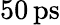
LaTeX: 50\, \mathrm{ps}